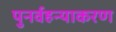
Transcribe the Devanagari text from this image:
पुनर्वहन्‍याकरण